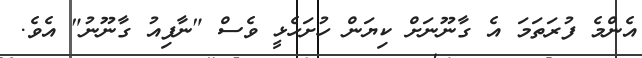
އެންމެ ފުރަތަމަ އެ ގާނޫނަށް ކިޔަން ހުށަހެޅީ ވެސް "ނާފިއު ގާނޫނު" އެވެ.